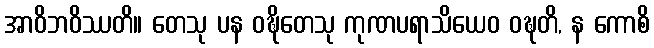
အာဝိဘဝိဿတိ။ တေသု ပန ဝဍ္ဎိတေသု ကုဏပရာသိယေဝ ဝဍ္ဎတိ, န ကောစိ